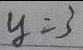
y = 3